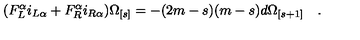
( F _ { L } ^ { \alpha } i _ { L \alpha } + F _ { R } ^ { \alpha } i _ { R \alpha } ) { \Omega } _ { [ s ] } = - ( 2 m - s ) ( m - s ) d { \Omega } _ { [ s + 1 ] } \quad .